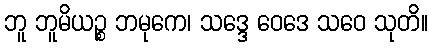
ဘူ ဘူမိယဉ္စ ဘမုကေ၊ သဒ္ဒေ ဝေဒေ သဝေ သုတိ။